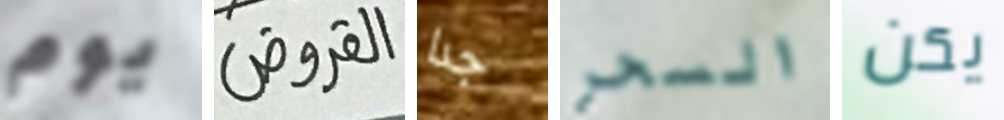
يوم القروض جدا السحر يكن